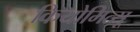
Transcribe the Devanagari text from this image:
कियोमित्सू